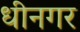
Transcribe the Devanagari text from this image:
धीनगर